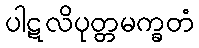
ပါဋလိပုတ္တမက္ခတံ